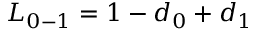
{ L _ { 0 - 1 } } = 1 - { d _ { 0 } } + { d _ { 1 } }